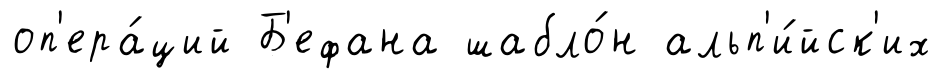
оп'ера́ций Б'ефана шабло́н альп'и́йск'их